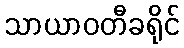
သာယာဝတီခရိုင်